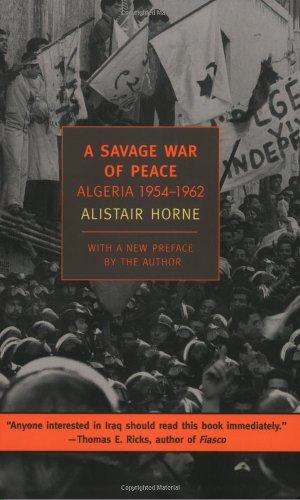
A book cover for A Savage War of Peace: Algeria 1954-1962 (New York Review Books Classics); Alistair Horne; History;